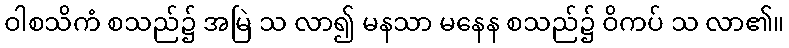
ဝါစသိကံ စသည်၌ အမြဲ သ လာ၍ မနသာ မနေန စသည်၌ ဝိကပ် သ လာ၏။